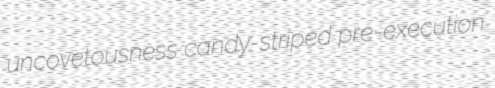
uncovetousness candy-striped pre-execution